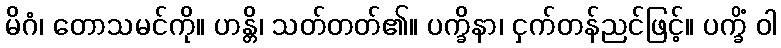
မိဂံ၊ တောသမင်ကို။ ဟန္တိ၊ သတ်တတ်၏။ ပက္ခိနာ၊ ငှက်တန်ညင်ဖြင့်။ ပက္ခိံ ဝါ